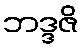
ဘဒ္ဒဇိ